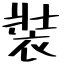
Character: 裝